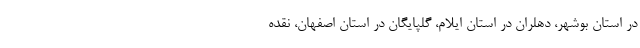
در استان بوشهر، دهلران در استان ایلام، گلپایگان در استان اصفهان، نقده